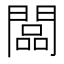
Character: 闆